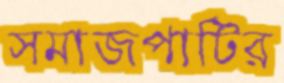
সমাজপার্টির